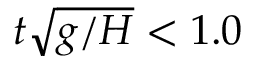
t \sqrt { g / H } < 1 . 0